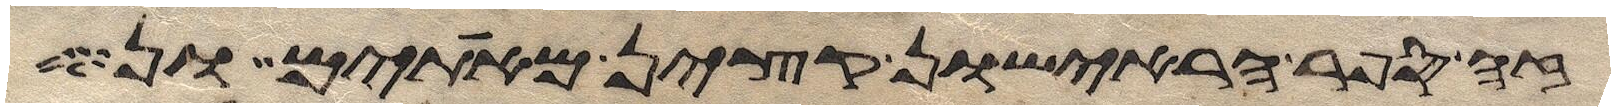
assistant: הפר הראישון חטאת